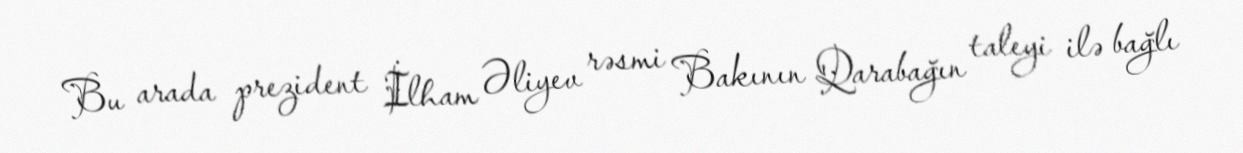
Bu arada prezident İlham Əliyev rəsmi Bakının Qarabağın taleyi ilə bağlı